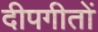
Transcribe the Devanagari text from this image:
दीपगीतों